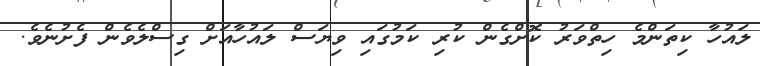
ލައުހާ ކިތަންމެ ހިތްވަރު ކޮށްގެން ކުރި ކަމުގައި ވިޔަސް ލައުހާއަށް ގިސްލެވެން ފެށުނެވެ.